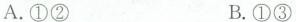
A.\textcircled {1}\textcircled {2} B.\textcircled {1}\textcircled {3}